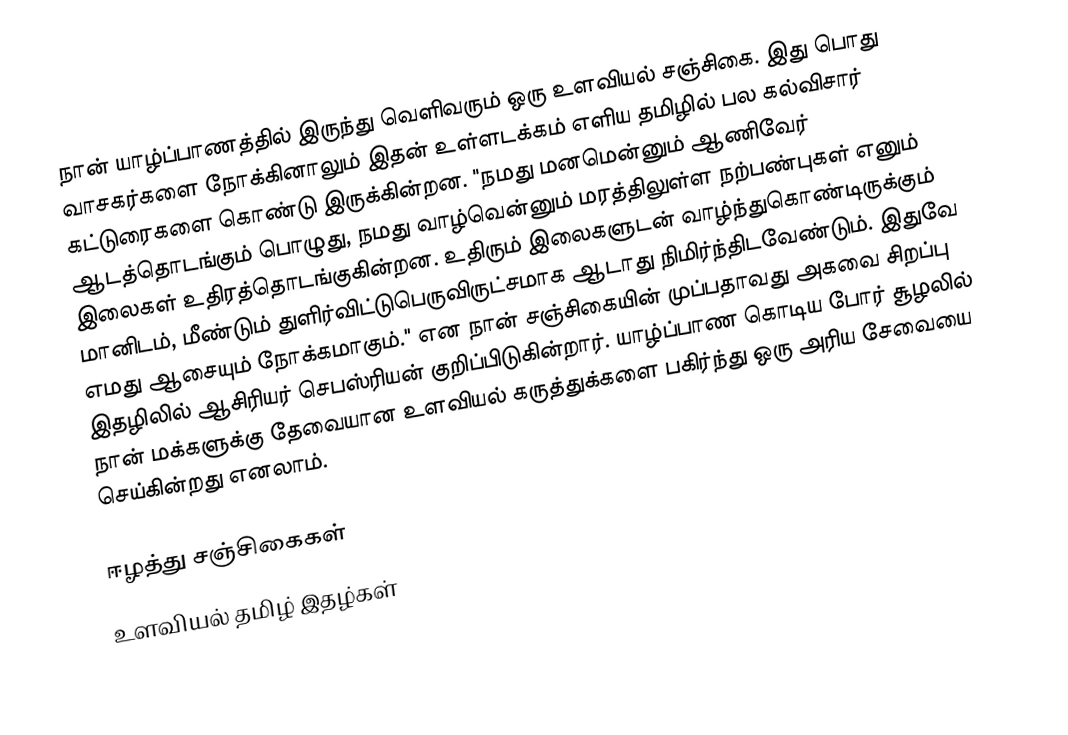
நான் யாழ்ப்பாணத்தில் இருந்து வெளிவரும் ஒரு உளவியல் சஞ்சிகை.  இது பொது வாசகர்களை நோக்கினாலும் இதன் உள்ளடக்கம் எளிய தமிழில் பல கல்விசார் கட்டுரைகளை கொண்டு இருக்கின்றன.  "நமது மனமென்னும் ஆணிவேர் ஆடத்தொடங்கும் பொழுது, நமது வாழ்வென்னும் மரத்திலுள்ள நற்பண்புகள் எனும் இலைகள் உதிரத்தொடங்குகின்றன.  உதிரும் இலைகளுடன் வாழ்ந்துகொண்டிருக்கும் மானிடம், மீண்டும் துளிர்விட்டுபெருவிருட்சமாக ஆடாது நிமிர்ந்திடவேண்டும்.  இதுவே எமது ஆசையும் நோக்கமாகும்."  என நான் சஞ்சிகையின் முப்பதாவது அகவை சிறப்பு இதழிலில் ஆசிரியர் செபஸ்ரியன் குறிப்பிடுகின்றார்.  யாழ்ப்பாண கொடிய போர் சூழலில் நான் மக்களுக்கு தேவையான உளவியல் கருத்துக்களை பகிர்ந்து ஒரு அரிய சேவையை செய்கின்றது எனலாம்.

ஈழத்து சஞ்சிகைகள்
உளவியல் தமிழ் இதழ்கள்